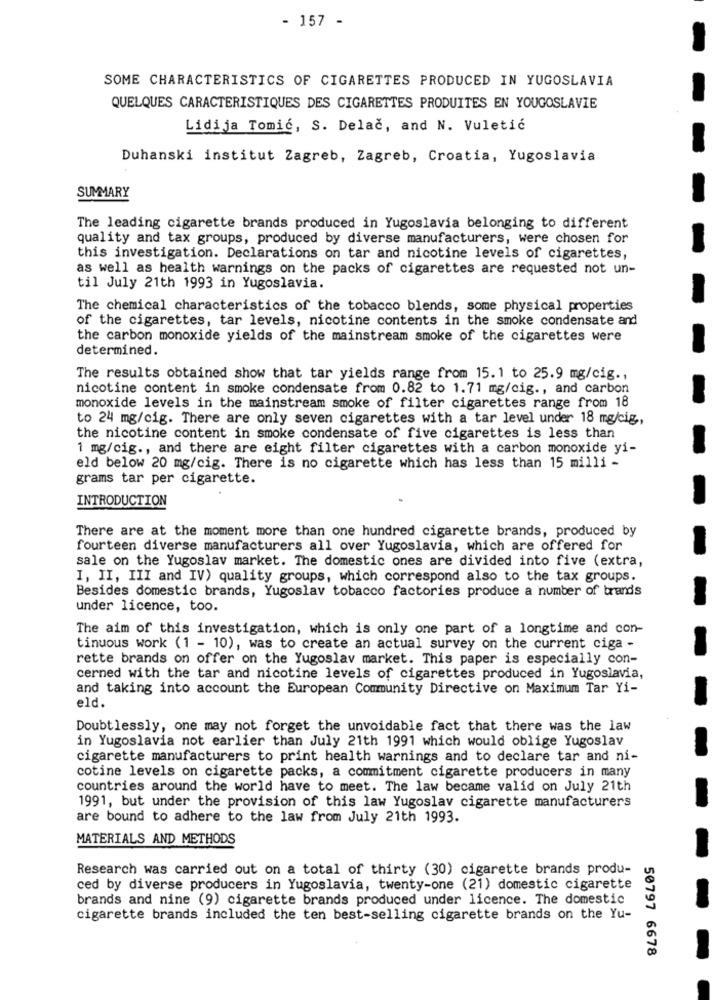
- 157 -
SOME CHARACTERISTICS OF CIGARETTES PRODUCED IN YUGOSLAVIA
QUELQUES CARACTERISTIQUES DES CIGARETTES PRODUITES EN YOUGOSLAVIE
Lidija Tomić, S. Delač, and N. Vuletić
Duhanski institut Zagreb, Zagreb, Croatia, Yugoslavia
SUMMARY
The leading cigarette brands produced in Yugoslavia belonging to different
quality and tax groups, produced by diverse manufacturers, were chosen for
this investigation. Declarations on tar and nicotine levels of cigarettes,
as well as health warnings on the packs of cigarettes are requested not un-
til July 21th 1993 in Yugoslavia.
The chemical characteristics of the tobacco blends, some physical properties
of the cigarettes, tar levels, nicotine contents in the smoke condensate and
the carbon monoxide yields of the mainstream smoke of the cigarettes were
determined.
The results obtained show that tar yields range from 15.1 to 25.9 mg/cig .,
nicotine content in smoke condensate from 0.82 to 1.71 mg/cig ., and carbon
monoxide levels in the mainstream smoke of filter cigarettes range from 18
to 24 mg/cig. There are only seven cigarettes with a tar level under 18 mg/cig,
the nicotine content in smoke condensate of five cigarettes is less than
1 mg/cig ., and there are eight filter cigarettes with a carbon monoxide yi-
eld below 20 mg/cig. There is no cigarette which has less than 15 milli -
grams tar per cigarette.
INTRODUCTION
There are at the moment more than one hundred cigarette brands, produced by
fourteen diverse manufacturers all over Yugoslavia, which are offered for
sale on the Yugoslav market. The domestic ones are divided into five (extra,
I, II, III and IV) quality groups, which correspond also to the tax groups.
Besides domestic brands, Yugoslav tobacco factories produce a number of brands
under licence, too.
The aim of this investigation, which is only one part of a longtime and con-
tinuous work (1 - 10), was to create an actual survey on the current ciga -
rette brands on offer on the Yugoslav market. This paper is especially con-
cerned with the tar and nicotine levels of cigarettes produced in Yugoslavia,
and taking into account the European Community Directive on Maximum Tar Yi-
eld.
Doubtlessly, one may not forget the unvoidable fact that there was the law
in Yugoslavia not earlier than July 21th 1991 which would oblige Yugoslav
cigarette manufacturers to print health warnings and to declare tar and ni-
cotine levels on cigarette packs, a commitment cigarette producers in many
countries around the world have to meet. The law became valid on July 21th
1991, but under the provision of this law Yugoslav cigarette manufacturers
are bound to adhere to the law from July 21th 1993.
MATERIALS AND METHODS
Research was carried out on a total of thirty (30) cigarette brands produ-
ced by diverse producers in Yugoslavia, twenty-one (21) domestic cigarette
brands and nine (9) cigarette brands produced under licence. The domestic
cigarette brands included the ten best-selling cigarette brands on the Yu-
50797 6678